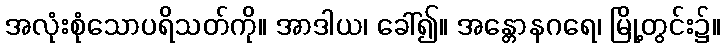
အလုံးစုံသောပရိသတ်ကို။ အာဒါယ၊ ခေါ်၍။ အန္တောနဂရေ၊ မြို့တွင်း၌။